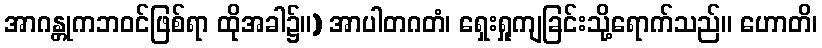
အာဂန္တုကဘဝင်ဖြစ်ရာ ထိုအခါ၌။) အာပါတဂတံ၊ ရှေးရှုကျခြင်းသို့ရောက်သည်။ ဟောတိ၊